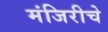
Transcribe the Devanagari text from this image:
मंजिरीचे